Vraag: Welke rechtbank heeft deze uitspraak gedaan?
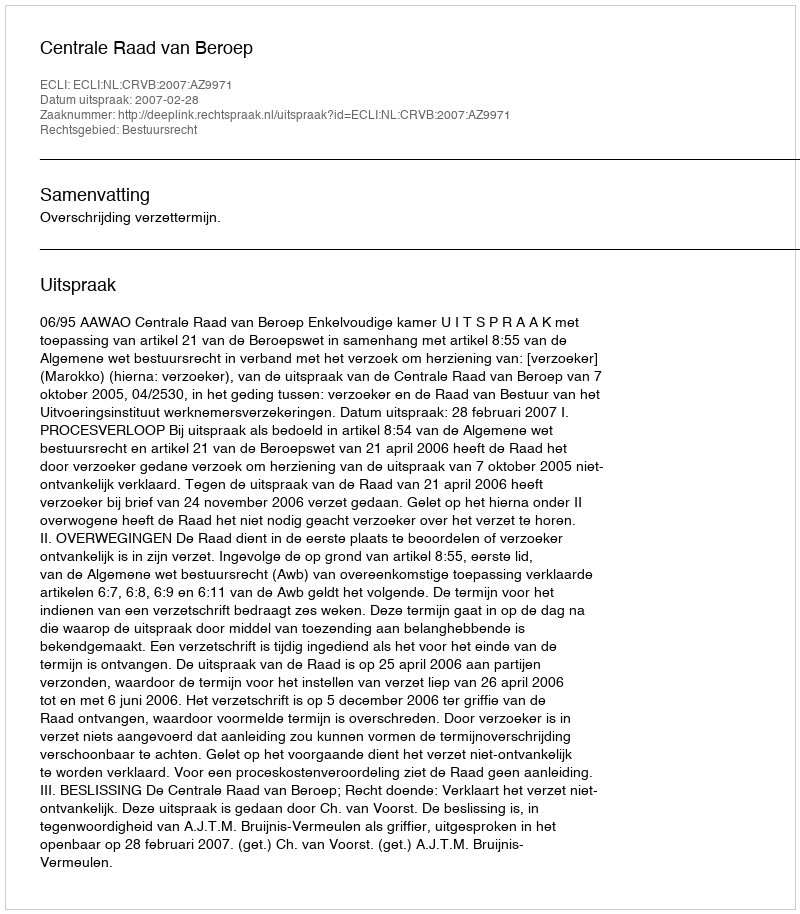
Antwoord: Centrale Raad van Beroep